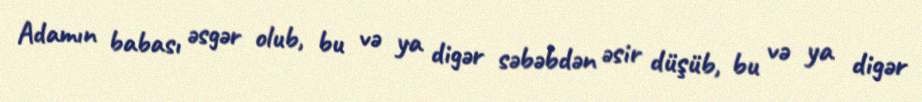
Adamın babası əsgər olub, bu və ya digər səbəbdən əsir düşüb, bu və ya digər